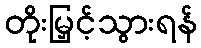
တိုးမြှင့်သွားရန်